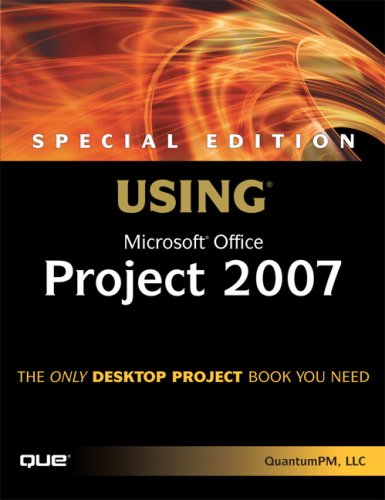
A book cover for Special Edition Using Microsoft Office Project 2007; QuantumPM  LLC; Computers & Technology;